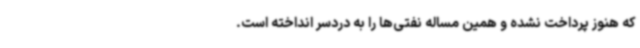
که هنوز پرداخت نشده و همین مساله نفتی‌ها را به دردسر انداخته است.